Scottish Certificate of Education, 1963
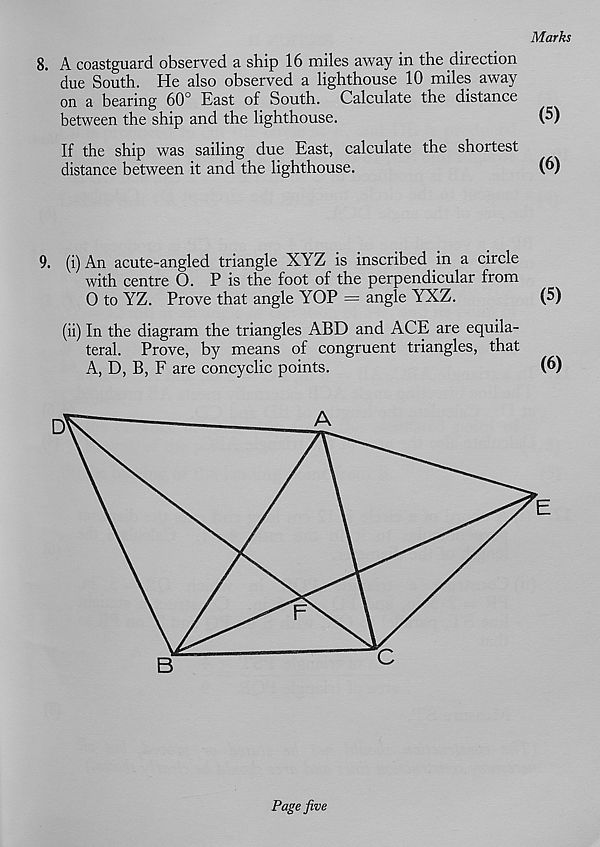
Marks
8. A coastguard observed a ship 16 miles away in the direction
due South. He also observed a lighthouse 10 miles away
on a bearing 60° East of South. Calculate the distance
between the ship and the lighthouse.
(5)
If the ship was sailing due East, calculate the shortest
distance between it and the lighthouse.
(6)
9. (i) An acute-angled triangle XYZ is inscribed in a circle
with centre O. P is the foot of the perpendicular from
0 to YZ. Prove that angle YOP = angle YXZ.
(5)
(ii) In the diagram the triangles ABD and ACE are equila-
teral. Prove, by means of congruent triangles, that
A, D, B, F are coneyclic points.
(6)
Page five